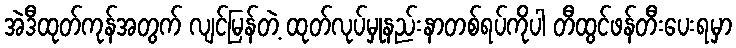
အဲဒီထုတ်ကုန်အတွက် လျင်မြန်တဲ့ ထုတ်လုပ်မှုနည်းနာတစ်ရပ်ကိုပါ တီထွင်ဖန်တီးပေးရမှာ